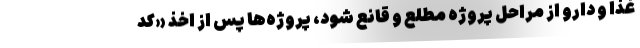
غذا و دارو از مراحل پروژه مطلع و قانع شود، پروژه‌ها پس از اخذ «کد